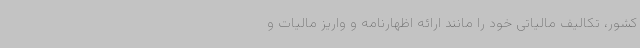
کشور، تکالیف مالیاتی خود را مانند ارائه اظهارنامه و واریز مالیات و